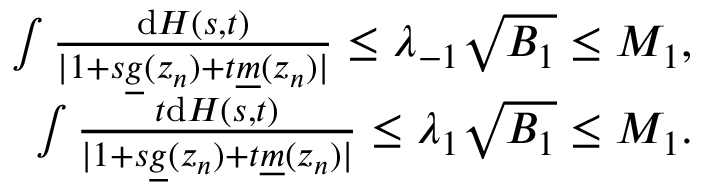
\begin{array} { r } { \int \frac { \mathrm { d } H ( s , t ) } { \vert 1 + s \underline { { g } } ( z _ { n } ) + t \underline { { m } } ( z _ { n } ) \vert } \leq \lambda _ { - 1 } \sqrt { B _ { 1 } } \leq M _ { 1 } , } \\ { \int \frac { t \mathrm { d } H ( s , t ) } { \vert 1 + s \underline { { g } } ( z _ { n } ) + t \underline { { m } } ( z _ { n } ) \vert } \leq \lambda _ { 1 } \sqrt { B _ { 1 } } \leq M _ { 1 } . } \end{array}